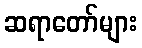
ဆရာတော်များ